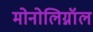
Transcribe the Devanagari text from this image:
मोनोलिग्नॉल